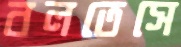
বলতেসে